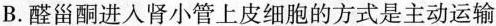
B.醛甾酮进入肾小管上皮细胞的方式是主动运输